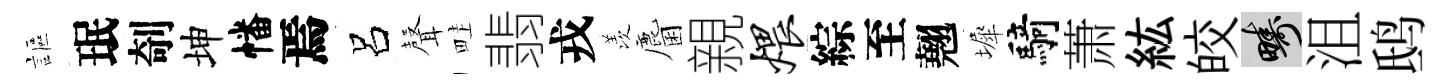
謳珉剞坤幡焉呂𮋻畦翡戎羡麕親煨綜至翹墀騎萧紘皎疇沮鸱